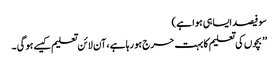
سو فیصد ایسا ہی ہوا ہے )
’’ بچوں کی تعلیم کا بہت حرج ہو رہا ہے ، آن لائن تعلیم کیسے ہو گی ۔